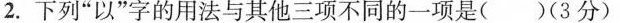
2.下列”以”字的用法与其他三项不同的一项是( )(3分)